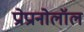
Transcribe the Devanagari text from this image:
प्रोप्रानोलॉल